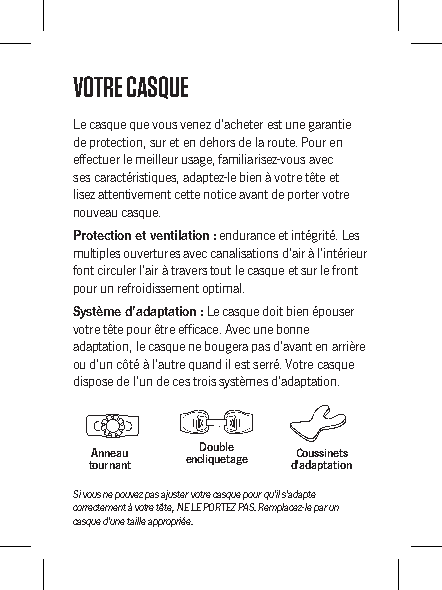
VOTRE CASQUE
 Le casque que vous venez d’acheter est une garantie
 de protection, sur et en dehors de la route. Pour en
 effectuer le meilleur usage, familiarisez-vous avec
 ses caractéristiques, adaptez-le bien à votre tête et
 lisez attentivement cette notice avant de porter votre
 nouveau casque.
 Protection et ventilation : endurance et intégrité. Les
 multiples ouvertures avec canalisations d’air à l’intérieur
 font circuler l’air à travers tout le casque et sur le front
 pour un refroidissement optimal.
 Système d’adaptation : Le casque doit bien épouser
 votre tête pour être efficace. Avec une bonne
 adaptation, le casque ne bougera pas d’avant en arrière
 ou d’un côté à l’autre quand il est serré. Votre casque
 dispose de l’un de ces trois systèmes d’adaptation.
 Anneau Double Coussinets
 tournant encliquetage d’adaptation
 Si vous ne pouvez pas ajuster votre casque pour qu’il s’adapte
 correctement à votre tête, NE LE PORTEZ PAS. Remplacez-le par un
 casque d’une taille appropriée.